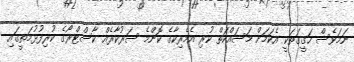
ނަމަވެސް ހަގީގަތަކީ އެކަމަށް މަސައްކަތް ކުރި އެމެރިކާގެ ކޮންމެ ސަރުކާރެއް ކާސްޓްރޯގެ ކުރިފުޅުމަތީގައި